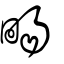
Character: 畼